Annual administration report of the Civil Veterinary Department of India - 1901-1902
Year: 1901
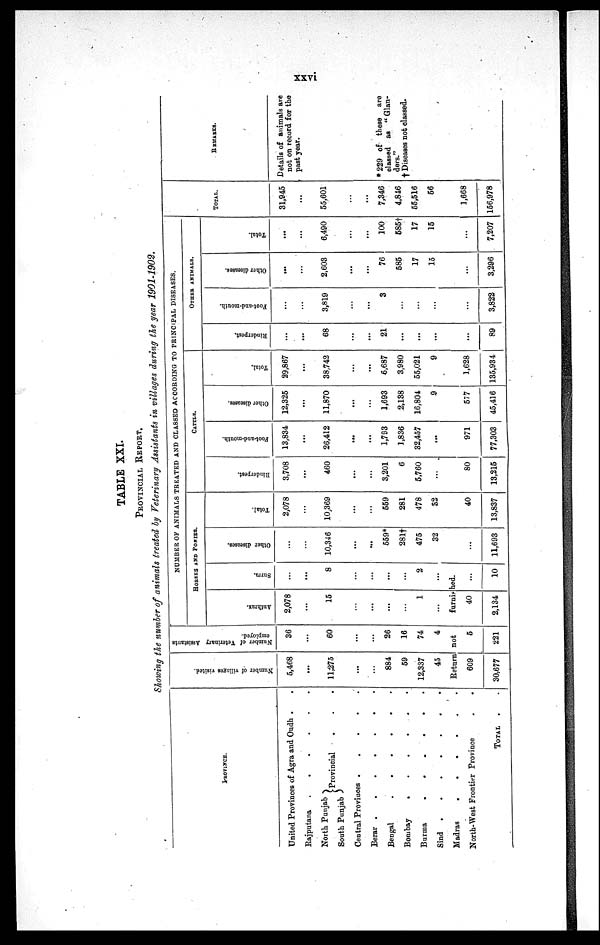
xxvi
TABLE XXI.
PROVINCIAL REPORT.
Showing the number of animals treated by Veterinary Assistants in villages during the year 1901-1902.
PROVlNCE.
United Provinces of Agra and Oudh . .
Rajputana
.
.
.
.
.
.
North Punjab
South Punjab
Provincial . . . .
Central Provinces . . . . . .
Berar .
.
.
.
.
.
.
Bengal
.
.
.
.
.
.
Bombay
.
.
.
.
.
.
Burma
.
.
.
.
.
.
Sind . . . . . . .
Madras
.
.
.
.
.
.
North-West Frontier Province . . . . . .
TOTAL
. .
Number of villages visited.
5,468
...
11,275
...
...
884
59
12,337
45
Number of Veterinary Assistants
employed.
36
...
60
...
...
26
16
74
4
NUMBER OF ANIMALS TREATED AND CLASSED ACCORDING TO PRINCIPAL DISEASES.
HORSES AND PONIES.
Anthrax.
2,078
...
15
...
...
...
...
1
...
Surra.
...
...
8
...
...
...
...
2
...
Return not
furnished.
609
30,677
5
221
40
2,134
...
10
Other diseases.
...
...
10,346
...
...
559*
281†
475
32
...
11,693
Total.
2,078
...
10,369
...
...
559
281
478
32
40
13,837
CATTLE.
Rinderpest.
3,708
...
460
...
...
3,201
6
5,760
...
80
13,215
Foot-and-mouth.
13,834
...
26,412
...
...
1,793
1,836
32,457
...
971
77,303
Other diseases.
12,325
...
11,870
...
...
1,693
2,138
16,804
9
577
45,416
Total.
29,867
...
38,742
...
...
6,687
3,980
55,021
9
1,628
135,934
OTHER ANIMALS.
Rinderpest.
...
...
68
...
...
21
...
...
...
...
89
Foot-and-mouth.
...
...
3,819
...
...
3
...
...
...
...
3,822
Other diseases.
...
...
2,603
...
...
76
585
17
15
...
3,296
Total.
...
...
6,490
...
...
100
585†
17
15
...
7,207
TOTAL.
31,945
...
55,601
...
...
7,346
4,846
55,516
56
1,668
156,978
REMARKS.
Details of animals are
not on record for the
past year.
*229 of these are
classed as "Glan-
ders."
† Diseases not classed.